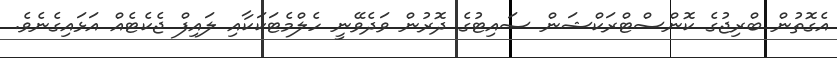
އެގޮތުން ބްރިޖުގެ ކޮންސްޓްރަކްޝަން ސައިޓުގެ ދޮރުން ވަދެވޭނީ ހެލްމެޓަކަކާއި ލައިފް ޖެކެޓެއް އަޅައިގެނެވެ.